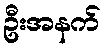
ဦးအနက်